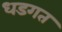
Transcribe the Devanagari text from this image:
धडगत